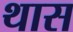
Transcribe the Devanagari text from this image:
थास